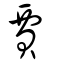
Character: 賈